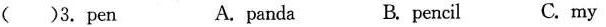
()3.pen A. panda B. pencil C. my